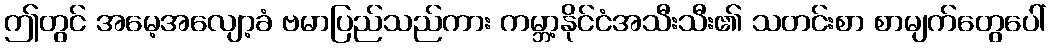
ဤတွင် အမေ့အလျော့ခံ ဗမာပြည်သည်ကား ကမ္ဘာ့နိုင်ငံအသီးသီး၏ သတင်းစာ စာမျက်တွေပေါ်